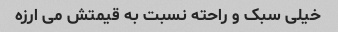
خیلی سبک و راحته نسبت به قیمتش می ارزه